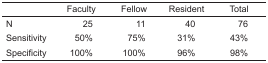
<table><thead><tr><td></td><td><b>Faculty</b></td><td><b>Fellow</b></td><td><b>Resident</b></td><td><b>Total</b></td></tr></thead><tbody><tr><td>N</td><td>25</td><td>11</td><td>40</td><td>76</td></tr><tr><td>Sensitivity</td><td>50%</td><td>75%</td><td>31%</td><td>43%</td></tr><tr><td>Specificity</td><td>100%</td><td>100%</td><td>96%</td><td>98%</td></tr></tbody></table>